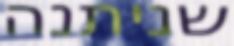
שניתנה